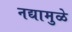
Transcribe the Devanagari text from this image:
नद्यामुळे